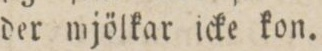
der mjölkar icke kon.